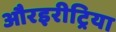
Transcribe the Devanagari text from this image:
औरइरीट्रिया